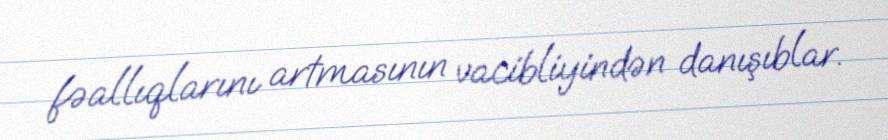
fəallıqlarını artmasının vacibliyindən danışıblar.